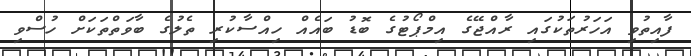
ފާއިތުވި އަހަރުތަކުގައި ރާއްޖޭގެ އިމްޕޯޓުގެ ބޮޑު ބައެއް ހިއްސާކުރި ތެލުގެ ބާވަތްތަކަށް ހުސްވި